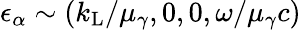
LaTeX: \epsilon_{\alpha}\sim(k_{\mathrm{L}}/\mu_{\gamma},0,0,\omega/\mu_{\gamma}c)